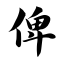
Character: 俾